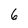
Character: 6